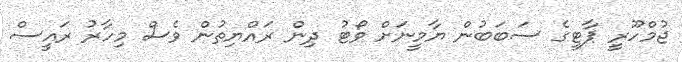
ޖުމްހޫރީ ޕާޓީގެ ސަބަބުން ޔާމީނަށް ވޯޓު ދިން ރައްޔިތުން ވެސް މިހާރު ރައީސް